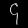
Digit: ၄